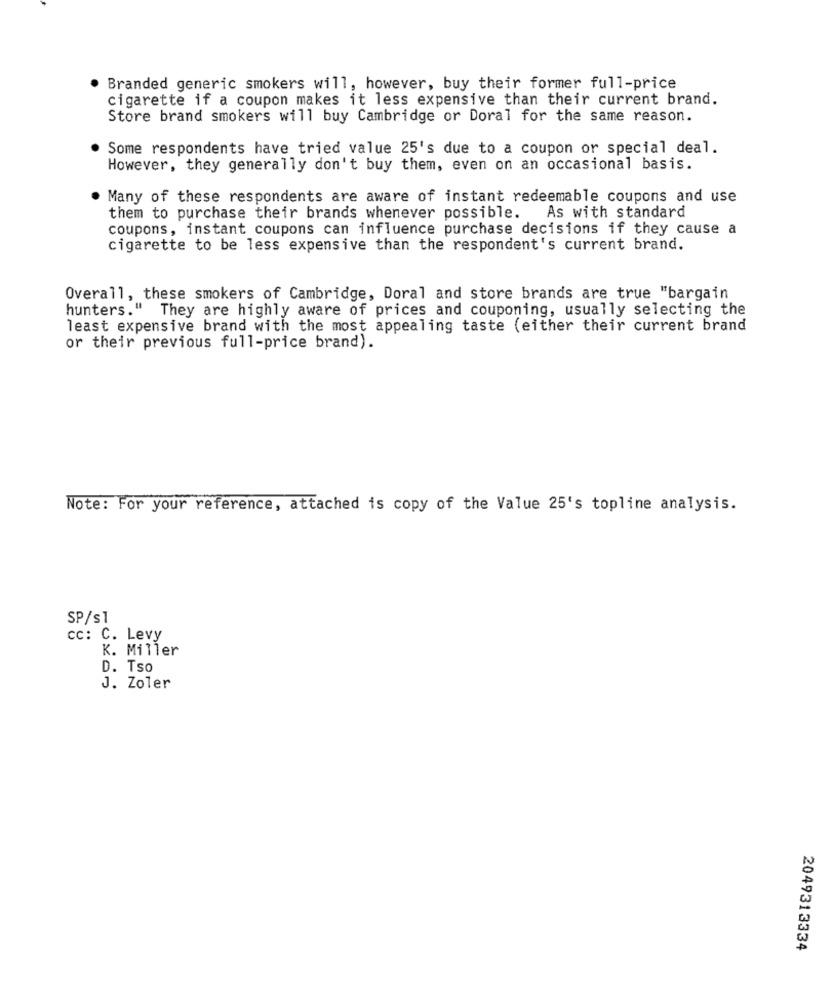
Branded generic smokers will, however, buy their former full-price
cigarette if a coupon makes it less expensive than their current brand.
Store brand smokers will buy Cambridge or Doral for the same reason.
. Some respondents have tried value 25's due to a coupon or special deal.
However, they generally don't buy them, even on an occasional basis.
Many of these respondents are aware of instant redeemable coupons and use
them to purchase their brands whenever possible.
As with standard
coupons, instant coupons can influence purchase decisions if they cause a
cigarette to be less expensive than the respondent's current brand.
Overall, these smokers of Cambridge, Doral and store brands are true "bargain
hunters." They are highly aware of prices and couponing, usually selecting the
least expensive brand with the most appealing taste (either their current brand
or their previous full-price brand).
Note: For your reference, attached is copy of the Value 25's topline analysis.
SP/s1
cc: C. Levy
K. Miller
D. Tso
J. Zoler
2049313334